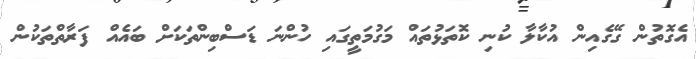
އެގޮތުން ގޭގެއިން އުކާލާ ކުނި ކޮތަޅުތައް މަގުމަތީގައި ހުންނަ ޑަސްބިންތަކަށް ބައެއް ފަރާތްތަކުން